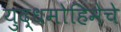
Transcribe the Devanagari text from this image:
युद्धमोहिमेचे